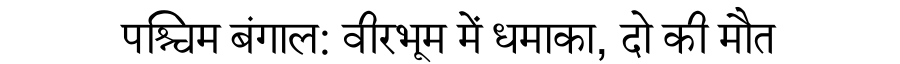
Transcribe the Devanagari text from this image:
पश्चिम बंगाल: वीरभूम में धमाका, दो की मौत